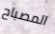
المصباح